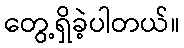
တွေ့ရှိခဲ့ပါတယ်။